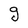
Character: g